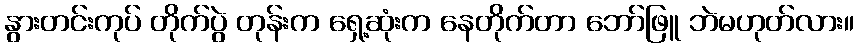
နွားတင်းကုပ် တိုက်ပွဲ တုန်းက ရှေ့ဆုံးက နေတိုက်တာ ဘော်ဖြူ ဘဲမဟုတ်လား။